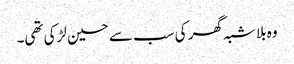
وہ بلا شبہ گھر کی سب سے حسین لڑکی تھی۔